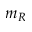
m _ { R }